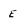
Character: E